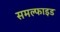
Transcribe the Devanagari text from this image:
समल्फाइड